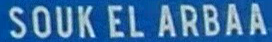
SOUK EL ARBAA